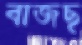
বাজছ